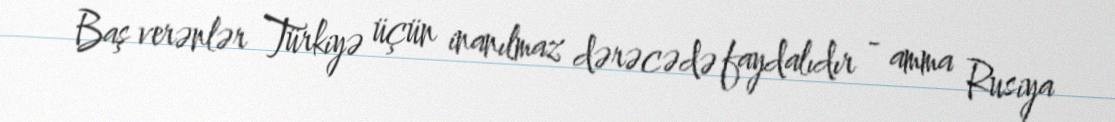
Baş verənlər Türkiyə üçün inanılmaz dərəcədə faydalıdır - amma Rusiya